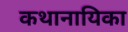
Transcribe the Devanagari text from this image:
कथानायिका